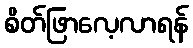
စိတ်ဖြာလေ့လာရန်